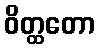
ဝိတ္ထတော